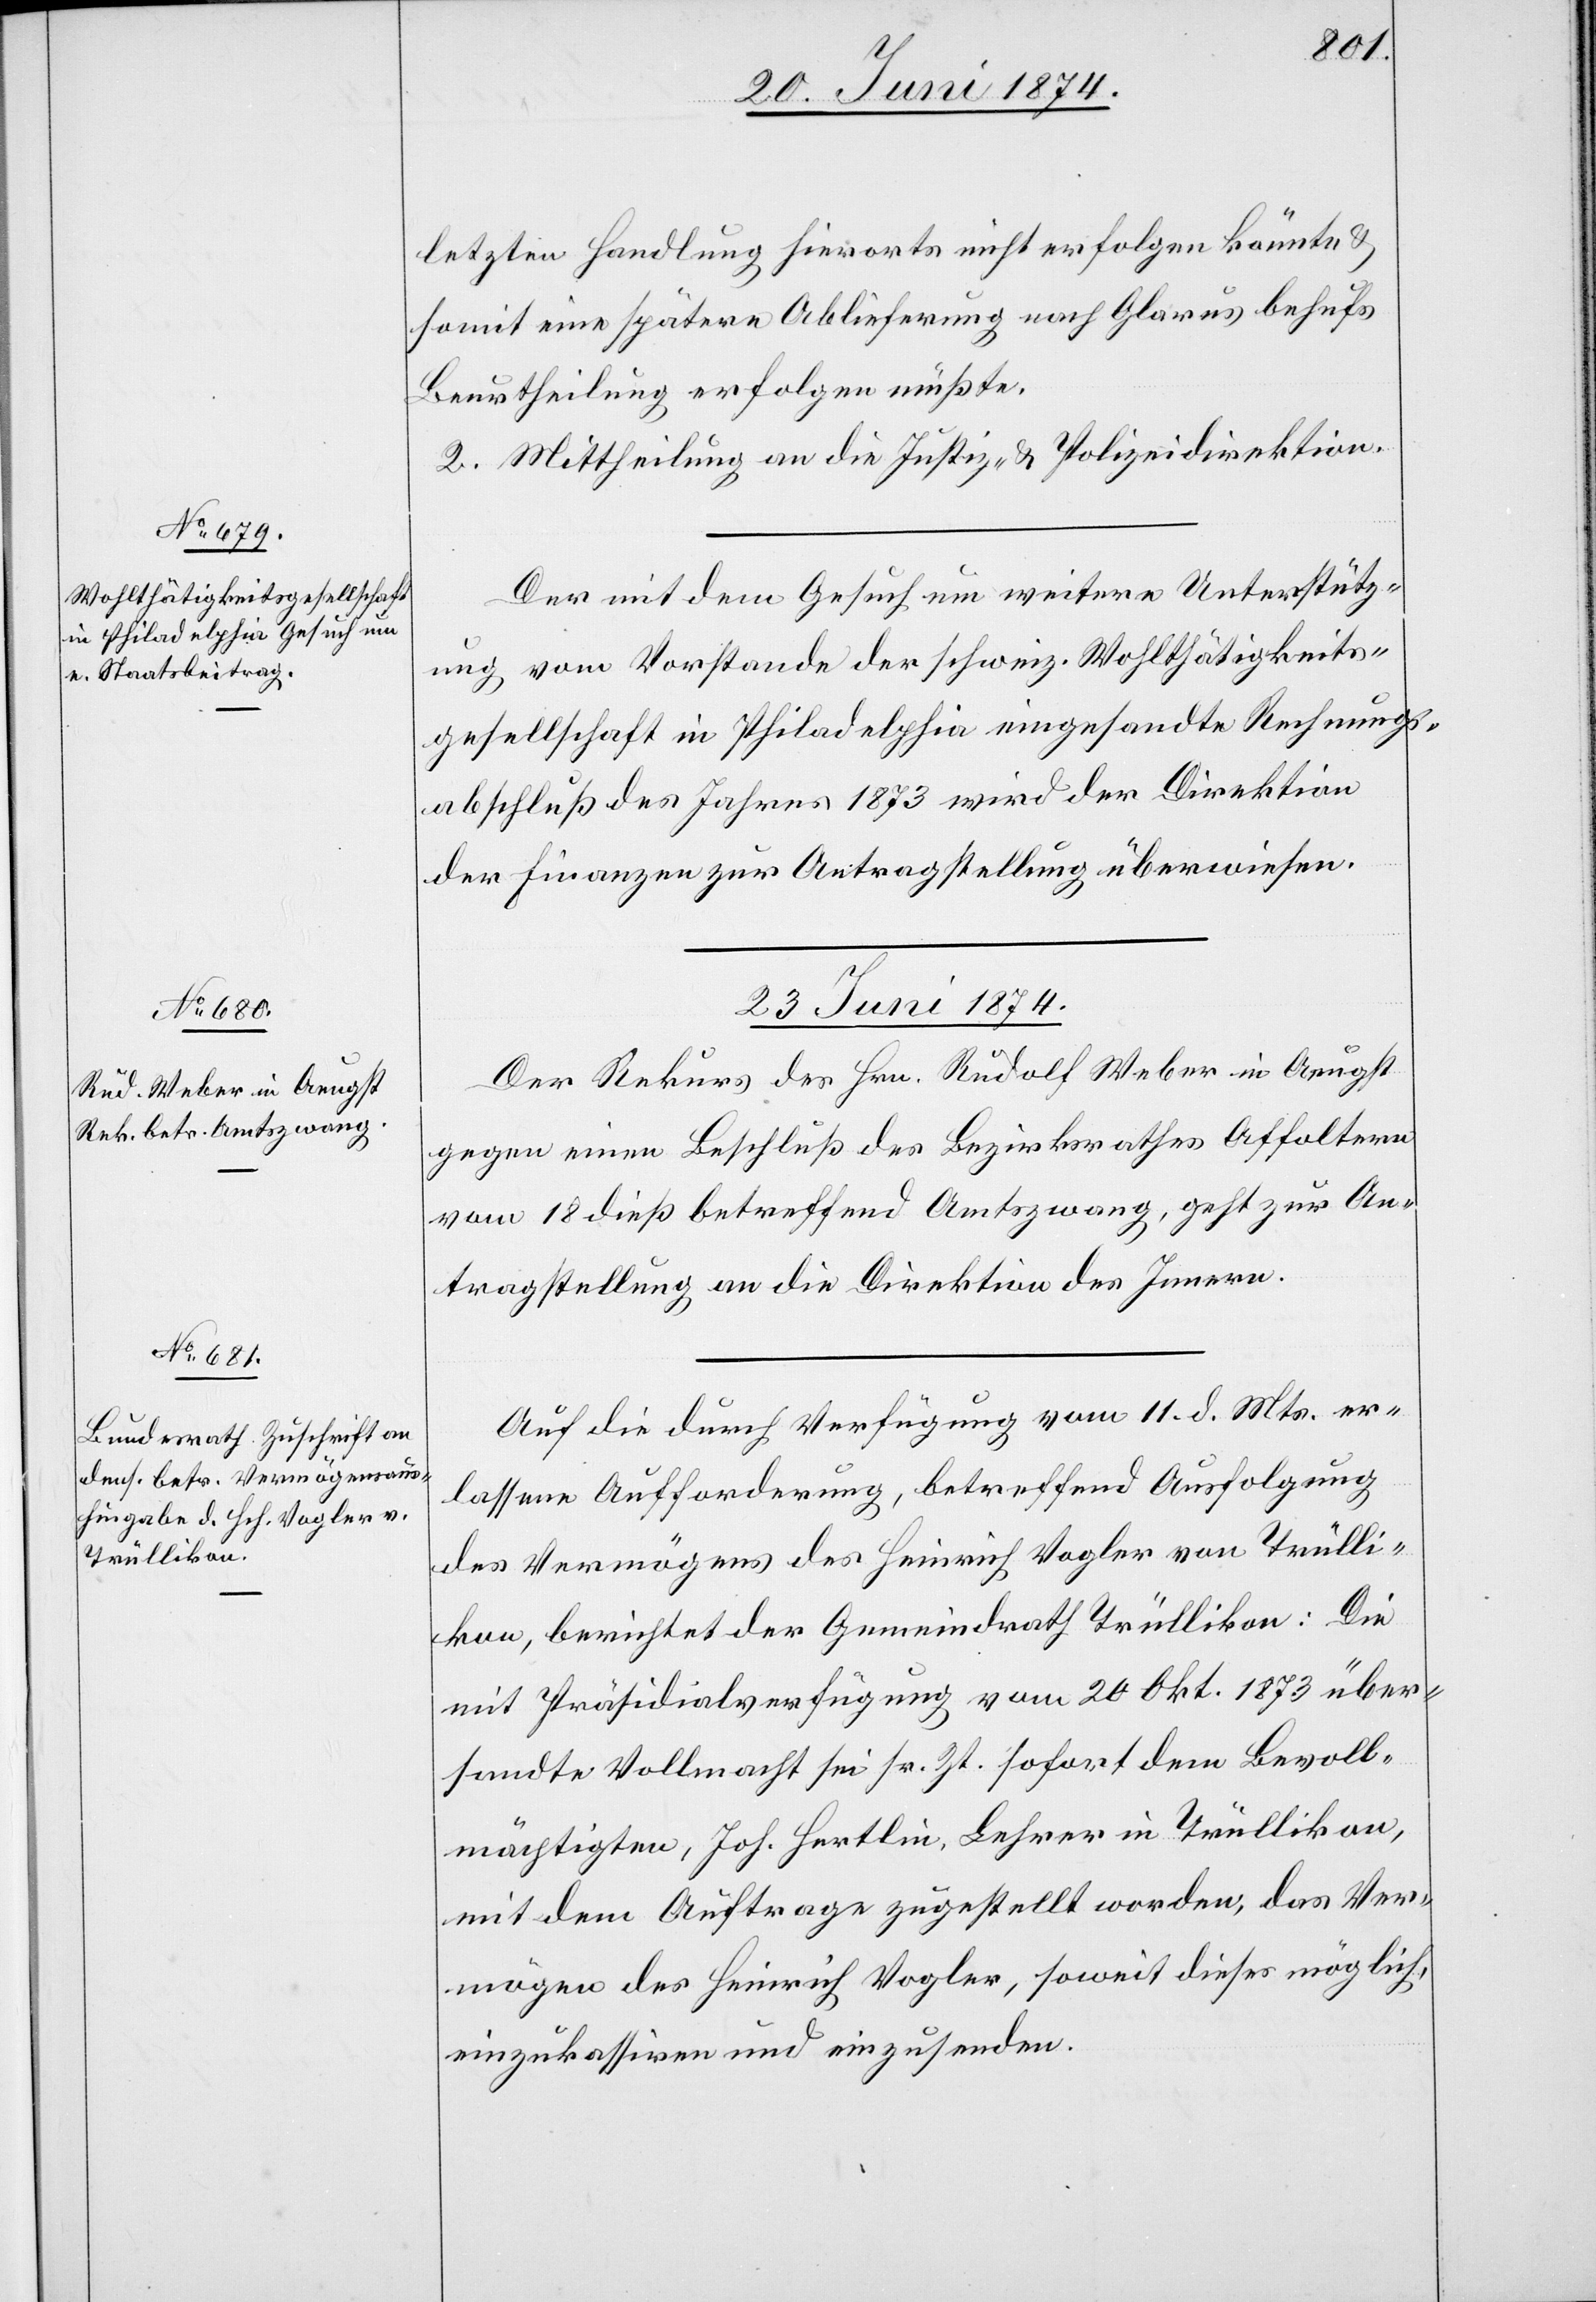
letzten Handlung hierorts nicht erfolgen könnte u.
somit eine spätere Ablieferung nach Glarus behufs
Beurtheilung erfolgen müßte.
2. Mittheilung an die Justiz- u. Polizeidirektion.
Der mit dem Gesuch um weitere Unterstütz¬
ung vom Vorstande der schweiz. Wohlthätigkeits¬
gesellschaft in Philadelphia eingesandte Rechnungs¬
abschluß des Jahres 1873 wird der Direktion
der Finanzen zur Antragstellung überwiesen.
23. Juni 1874.]
Der Rekurs des Hrn. Rudolf Weber in Aeugst
gegen einen Beschluß des Bezirksrathes Affoltern
vom 18. dieß betreffend Amtszwang, geht zur An¬
tragstellung an die Direktion des Innern.
Auf die durch Verfügung vom 11. d. Mts. er¬
lassene Aufforderung, betreffend Ausfolgung
des Vermögens des Heinrich Vogler von Trülli¬
kon, berichtet der Gemeindrath Trüllikon: Die
mit Präsidialverfügung vom 20. Okt. 1873 über¬
sandte Vollmacht sei sr. Zt. sofort dem Bevoll¬
mächtigten, Joh. Hertlin, Lehrer in Trüllikon,
mit dem Auftrage zugestellt worden, das Ver¬
mögen des Heinrich Vogler, soweit dieses möglich,
einzukassiren und einzusenden.